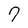
Character: 7